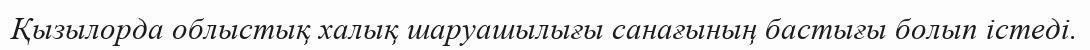
Қызылорда облыстық халық шаруашылығы санағының бастығы болып істеді.